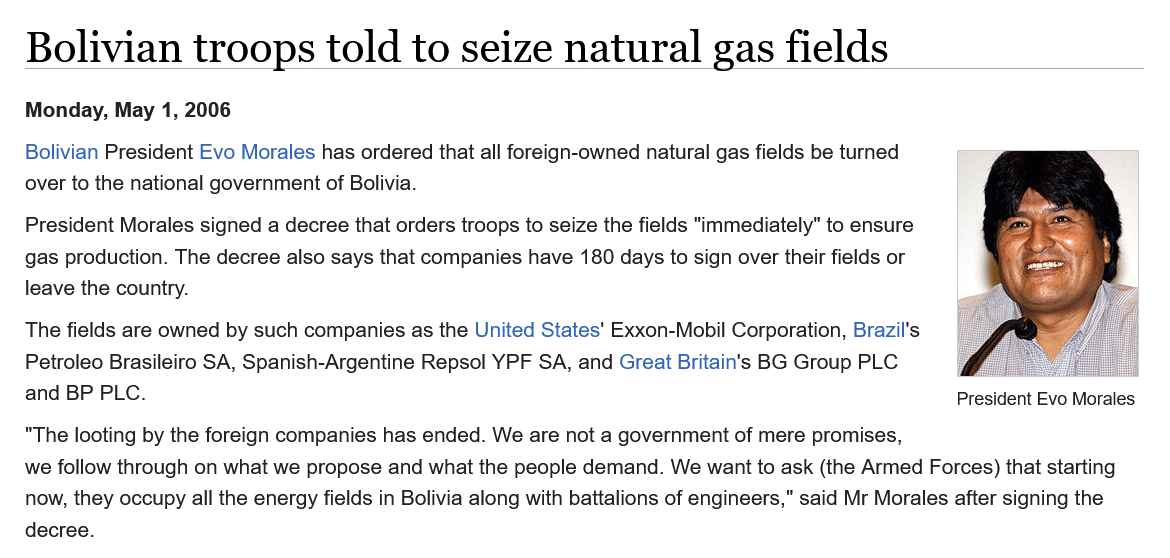
Bolivian    troops    told    to   seize    natural    gas  fields
   Monday, May  1, 2006
   Bolivian President Evo Morales has ordered that all foreign-owned natural gas fields be turned
   over to the national government of Bolivia.
   President Morales signed a decree that orders troops to seize the fields "immediately" to ensure
   gas production. The decree also says that companies have 180 days to sign over their fields or
   leave the country.
   The fields are owned by such companies as the United States' Exxon-Mobil Corporation, Brazil's
   Petroleo Brasileiro SA, Spanish-Argentine Repsol YPF SA, and Great Britain's BG Group PLC
   and BP PLC.    President Evo Morales
   “The looting by the foreign companies has ended. We are not a government of mere promises,
   we follow through on what we propose and what the people demand. We want to ask (the Armed Forces) that starting
   now, they occupy all the energy fields in Bolivia along with battalions of engineers," said Mr Morales after signing the
   decree.